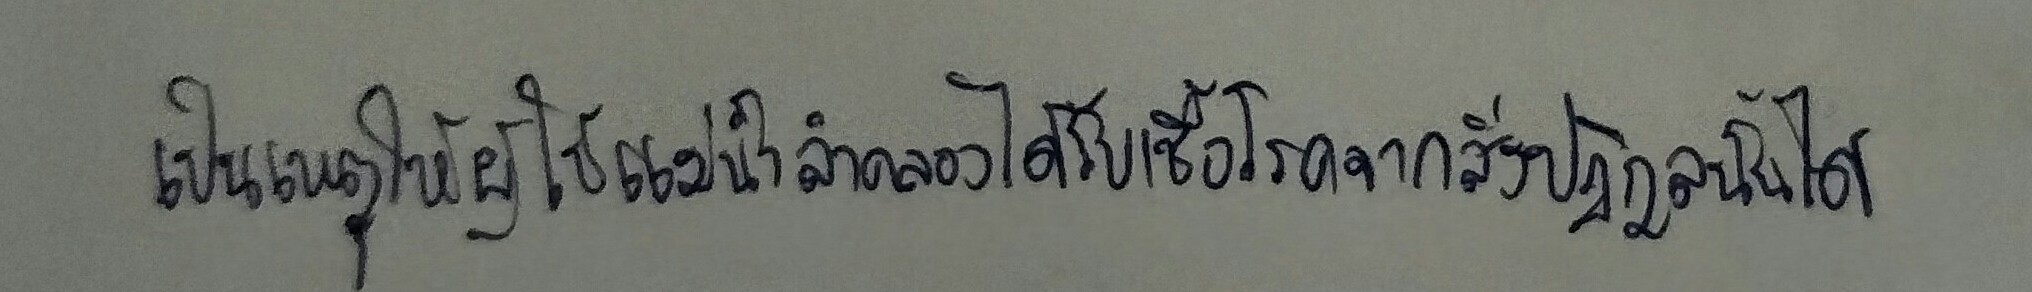
เป็นเหตุให้ผู้ใช้แม่น้ำลำคลองได้รับเชื้อโรคจากสิ่งปฏิกูลนั้นได้